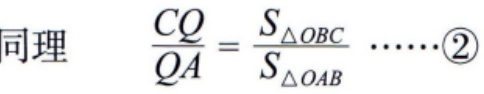
同理 \(\frac{CQ}{QA}=\frac{S_{\triangle OBC}}{S_{\triangle OAB}}\cdots\cdots\textcircled{2}\)